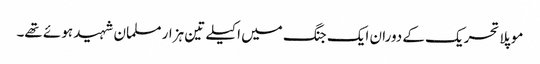
موپلا تحریک کے دوران ایک جنگ میں اکیلے تین ہزار مسلمان شہید ہوئے تھے۔